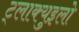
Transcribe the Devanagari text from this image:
ट्लाक्युइलो